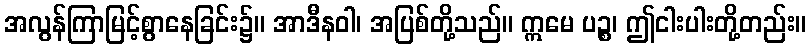
အလွန်ကြာမြင့်စွာနေခြင်း၌။ အာဒီနဝါ၊ အပြစ်တို့သည်။ ဣမေ ပဉ္စ၊ ဤငါးပါးတို့တည်း။